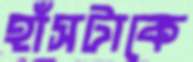
হাঁসটাকে